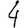
Digit: 4